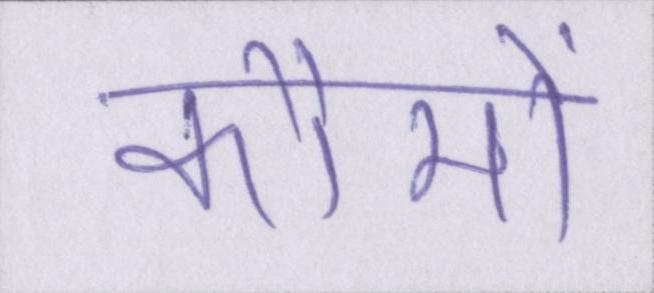
कौमों